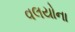
વલયોના